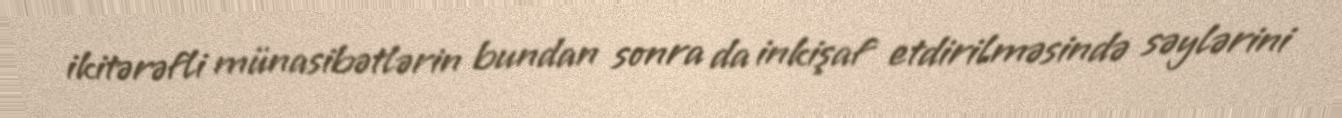
ikitərəfli münasibətlərin bundan sonra da inkişaf etdirilməsində səylərini